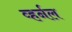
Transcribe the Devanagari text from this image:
व्हर्नल